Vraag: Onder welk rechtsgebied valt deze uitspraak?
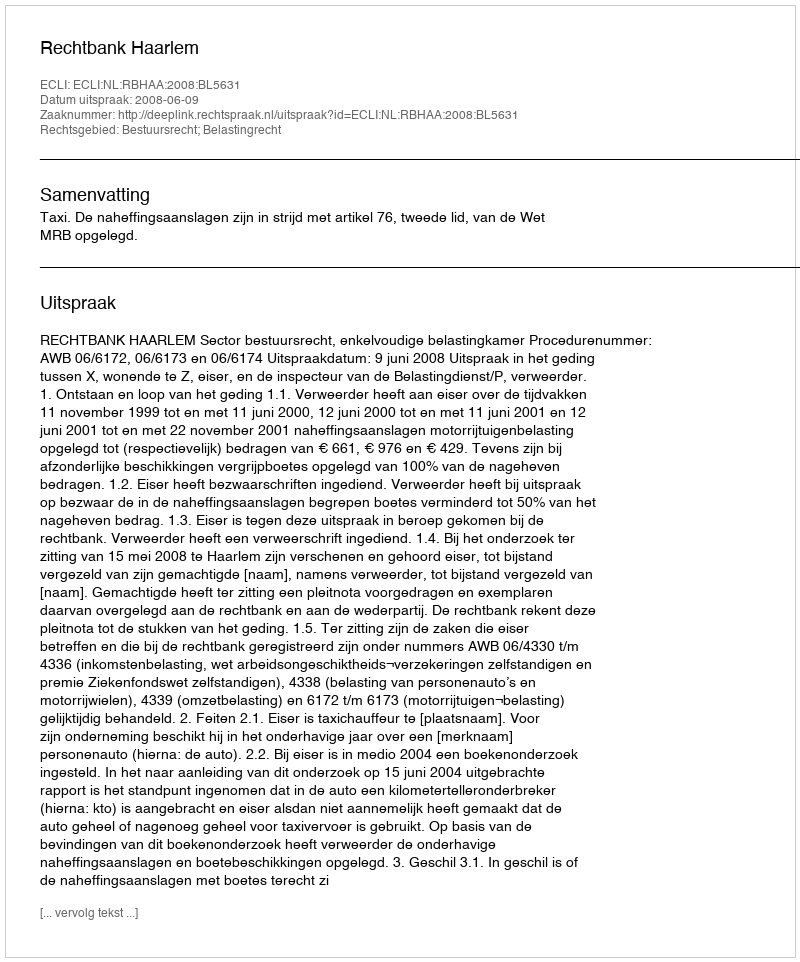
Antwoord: Bestuursrecht; Belastingrecht